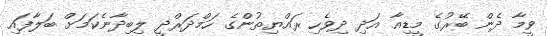
ވީމާ ދެން ބޭރުގެ މީޑިއާ އަދި ދިވެހި ރައްޔިތުންގެ ހަމްދަރްދީ ލިބިދާނެކަމަށް ބަލާފައި